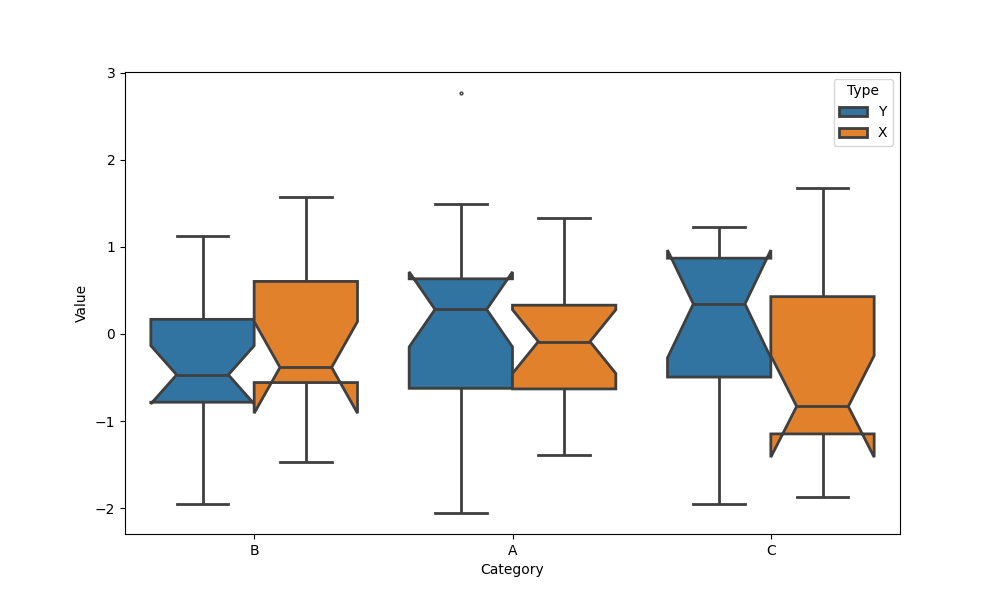
python, seaborn, boxplot, width=0.8, linewidth=2, fliersize=2, notch=True